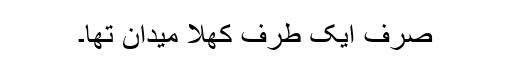
صرف ایک طرف کھلا میدان تھا۔